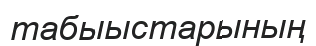
табыыстарының